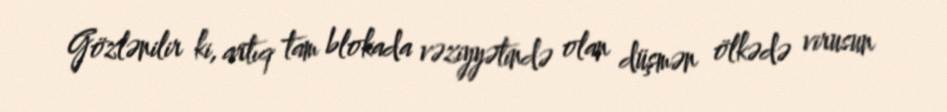
Gözlənilir ki, artıq tam blokada vəziyyətində olan düşmən ölkədə virusun